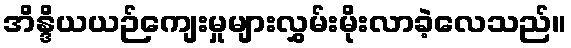
အိန္ဒိယယဉ်ကျေးမှုများလွှမ်းမိုးလာခဲ့လေသည်။